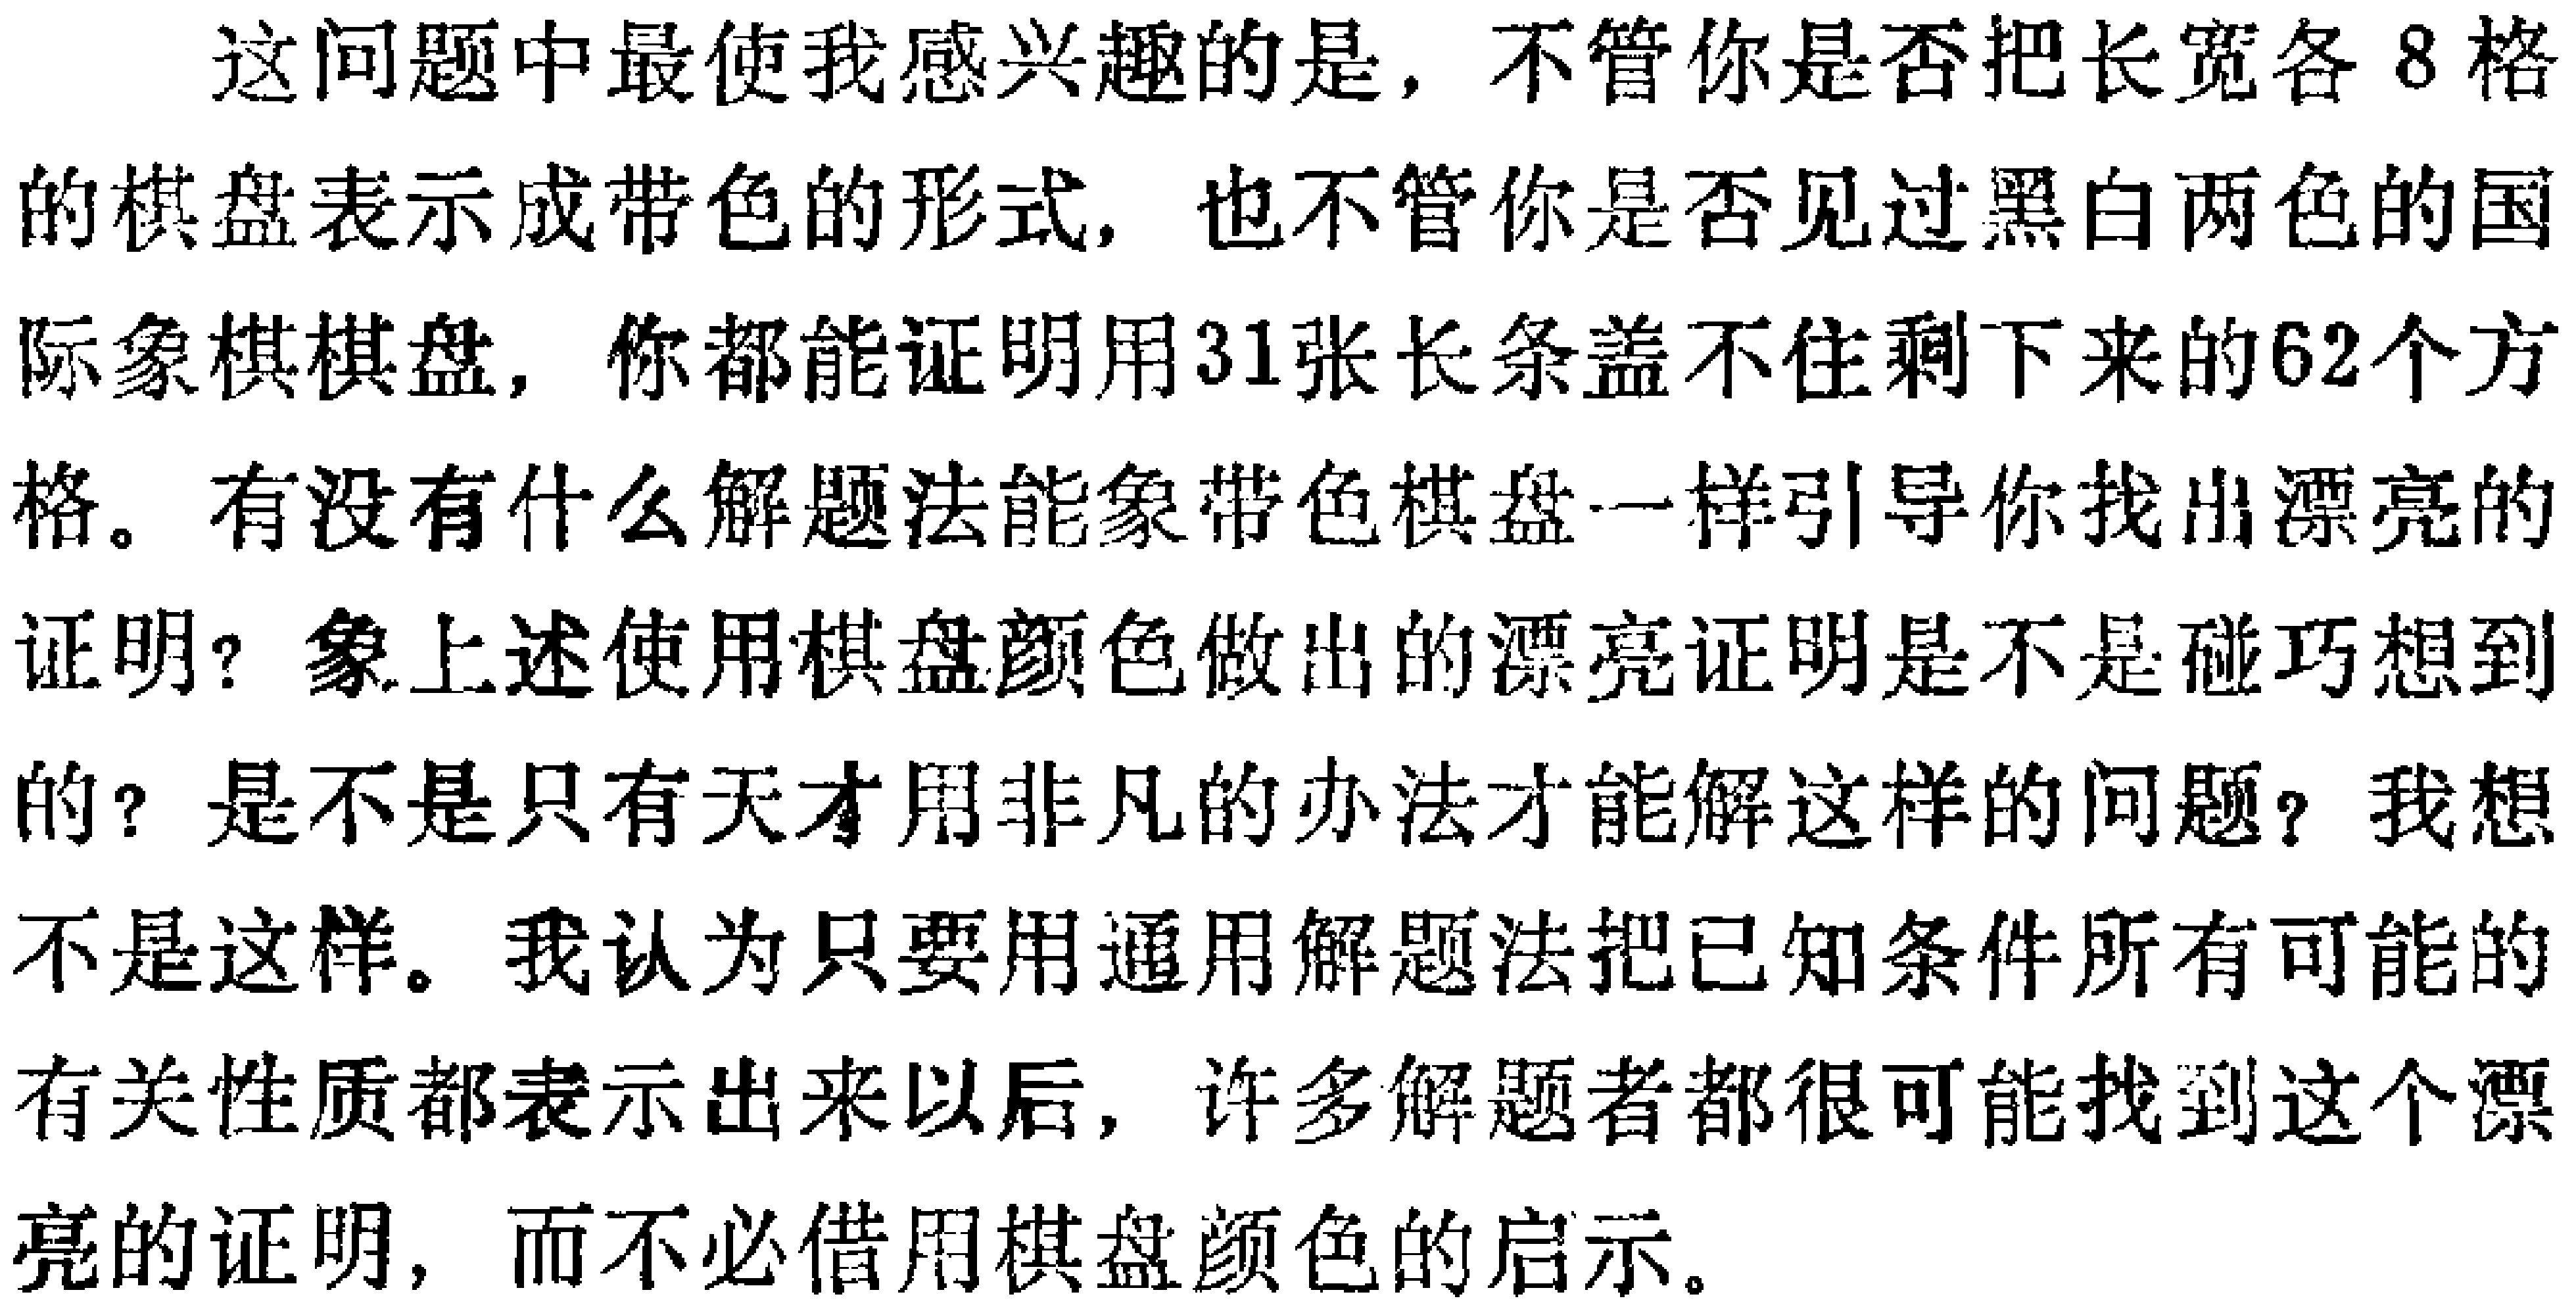
这问题中最使我感兴趣的是，不管你是否把长宽各8格的棋盘表示成带色的形式，也不管你是否见过黑白两色的国际象棋棋盘，你都能证明用31张长条盖不住剩下来的62个方格。有没有什么解题法能象带色棋盘一样引导你找出漂亮的证明？象上述使用棋盘颜色做出的漂亮证明是不是碰巧想到的？是不是只有天才用非凡的办法才能解这样的问题？我想不是这样。我认为只要用通用解题法把已知条件所有可能的有关性质都表示出来以后，许多解题者都很可能找到这个漂亮的证明，而不必借用棋盘颜色的启示。